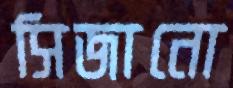
সিজানো